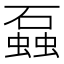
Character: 𬒣